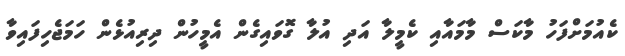
ކެއުމަށްފަހު މާކަސް މާމައާއި ކެމީލާ އަދި އުލާ ގޮވައިގެން އެމީހުން ދިރިއުޅެން ހަމަޖެހިފައިވާ